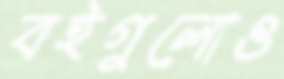
বইগুলোও